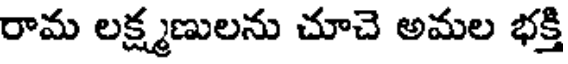
రామ లక్ష్మణులను చూచె అమల భక్తి